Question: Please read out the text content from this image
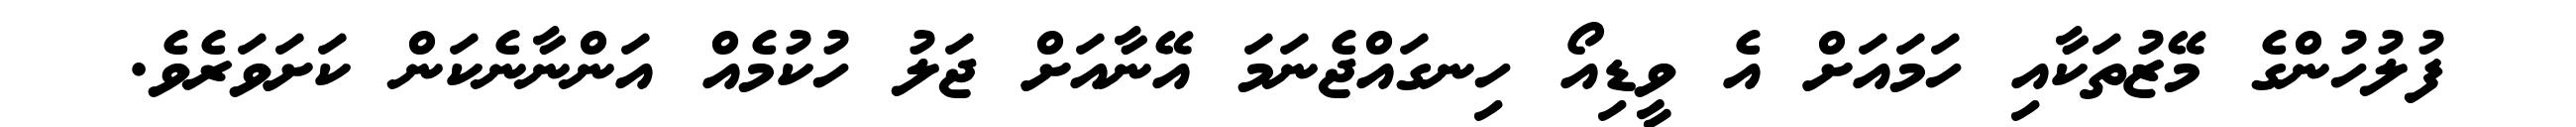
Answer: ފުލުހުންގެ މޭޒުތަކާއި ހަމައަށް އެ ވީޑިއޯ ހިނގައްޖެނަމަ އޭނާއަށް ޖަލު ހުކުމެއް އަންނާނެކަން ކަށަވަރެވެ.